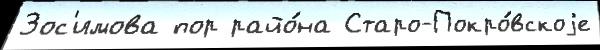
Зос'имова пор райо́на Старо-Покро́вскоjе